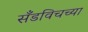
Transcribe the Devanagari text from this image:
सँडविचच्या